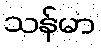
သန်မာ